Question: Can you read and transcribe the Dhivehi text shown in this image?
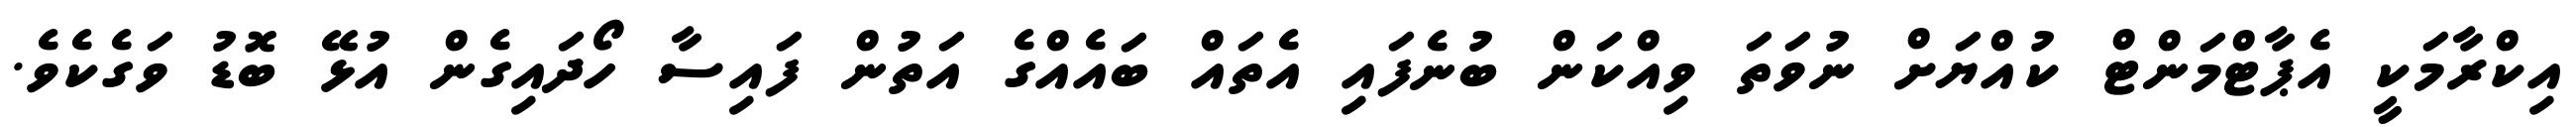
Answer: އިކްރާމަކީ އެޕާޓްމަންޓް ކުއްޔަށް ނުވަތަ ވިއްކަން ބުނެފައި އެތައް ބައެއްގެ އަތުން ފައިސާ ހޯދައިގެން އުޅޭ ބޮޑު ވަގެކެވެ.